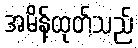
အမိန့်ထုတ်သည်